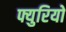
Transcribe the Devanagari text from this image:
फ्युरियो